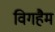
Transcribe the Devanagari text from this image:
विगहैम